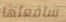
سافعلها